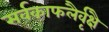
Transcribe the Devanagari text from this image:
सर्वकाफलैर्वृक्षै